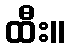
ထီး။